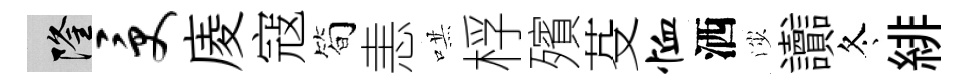
隆受庱寇筍恚哄桴殯芟恤洒渉讟冬緋